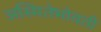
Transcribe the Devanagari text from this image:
अस्मितेभोवती